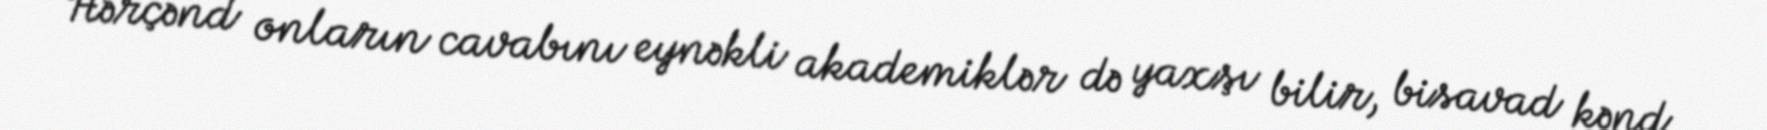
Hərçənd onların cavabını eynəkli akademiklər də yaxşı bilir, bisavad kənd